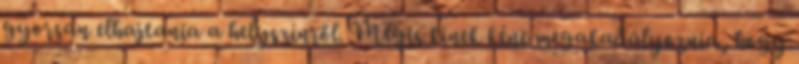
gyorsan elhajtania a helyszínről. Mégis kinek kéne megakadályoznia, hogy